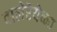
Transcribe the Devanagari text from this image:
वालेरेयेव्ना